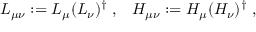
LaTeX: L _ { \mu \nu } : = L _ { \mu } ( L _ { \nu } ) ^ { \dagger } \; , \; \; \; H _ { \mu \nu } : = H _ { \mu } ( H _ { \nu } ) ^ { \dagger } \; ,